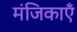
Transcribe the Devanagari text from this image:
मंजिकाएँ